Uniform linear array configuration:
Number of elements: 32
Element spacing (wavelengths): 0.5
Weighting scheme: hamming
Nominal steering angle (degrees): -15
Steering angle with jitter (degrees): -13.379
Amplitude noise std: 0.05
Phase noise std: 0.05

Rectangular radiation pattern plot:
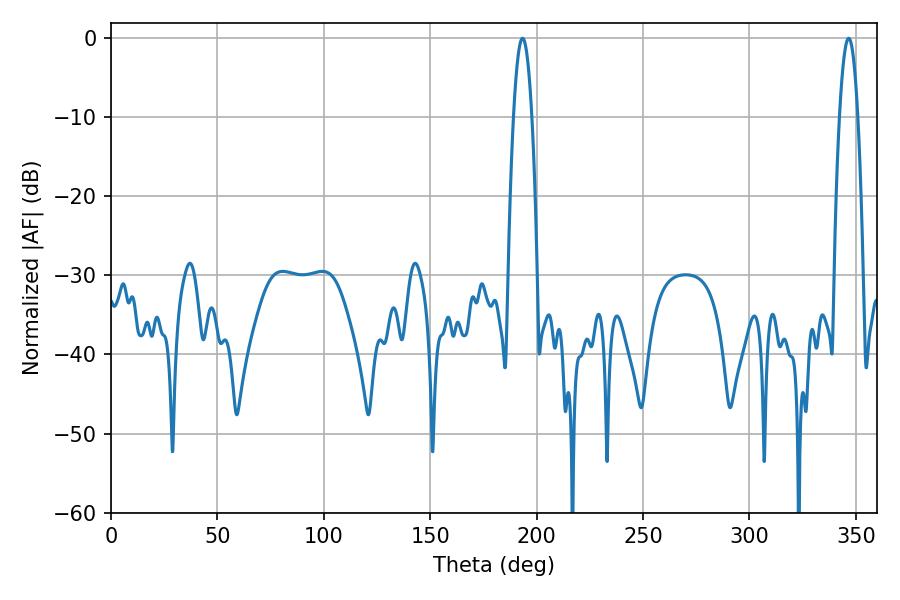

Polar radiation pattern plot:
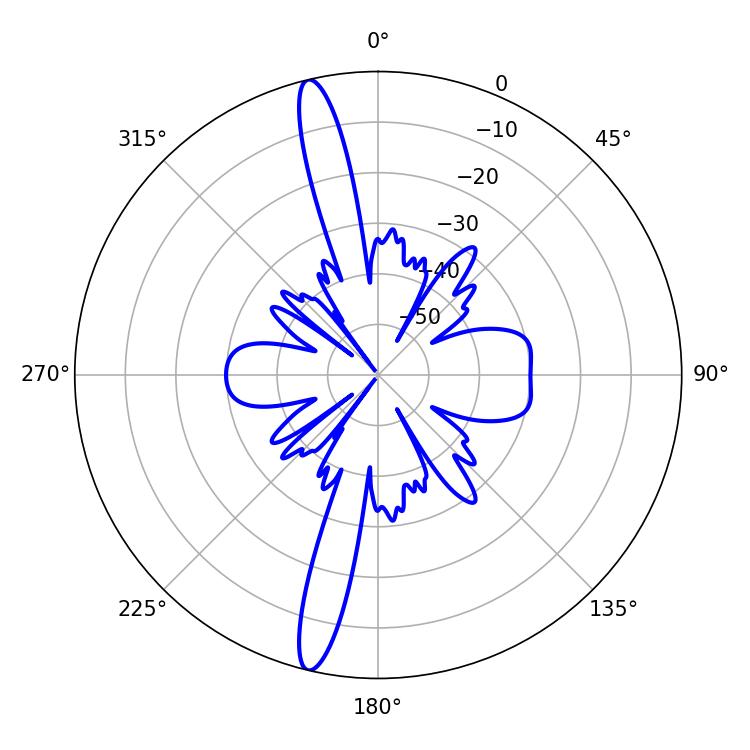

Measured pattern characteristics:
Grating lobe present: FALSE
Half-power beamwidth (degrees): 4.86
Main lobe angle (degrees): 193.32